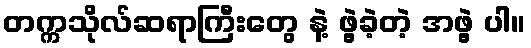
တက္ကသိုလ်ဆရာကြီးတွေ နဲ့ ဖွဲ့ခဲ့တဲ့ အဖွဲ့ ပါ။